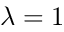
\lambda = 1